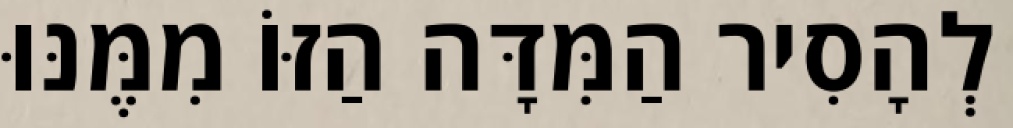
לְהָסִיר הַמִּדָּה הַזּוֹ מִמֶּנּוּ